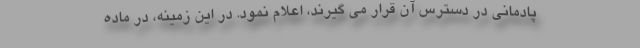
پادمانی در دسترس آن قرار می گیرند، اعلام نمود. در این زمینه، در ماده